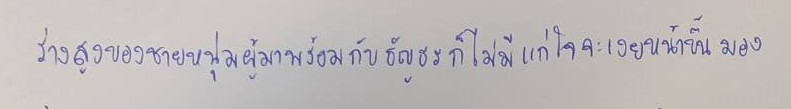
ร่างสูงของชายหนุ่มผู้มาพร้อมกับธัญธรก็ไม่มีแก่ใจจะเงยหน้าขึ้นมอง